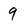
Character: 9